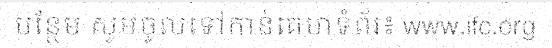
បន្ថែម សូមចូលទៅកាន់គេហទំព័រ៖ www.ifc.org